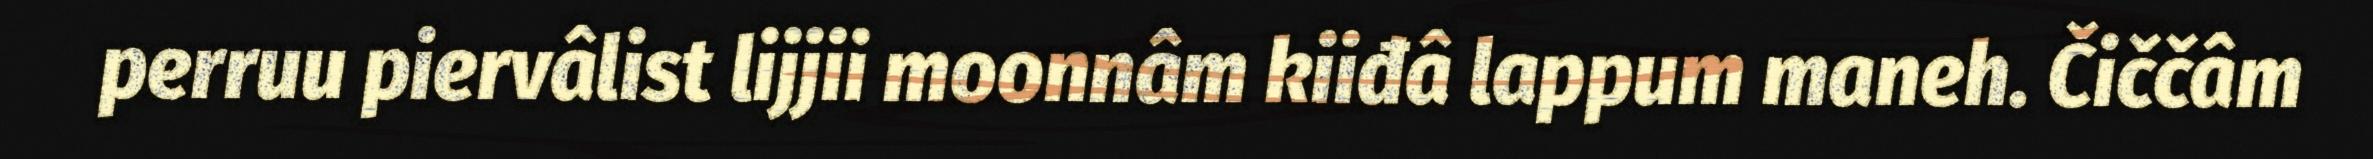
perruu piervâlist lijjii moonnâm kiiđâ lappum maneh. Čiččâm